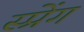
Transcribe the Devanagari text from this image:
स्प्रेंग